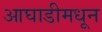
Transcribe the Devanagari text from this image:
आघाडीमधून